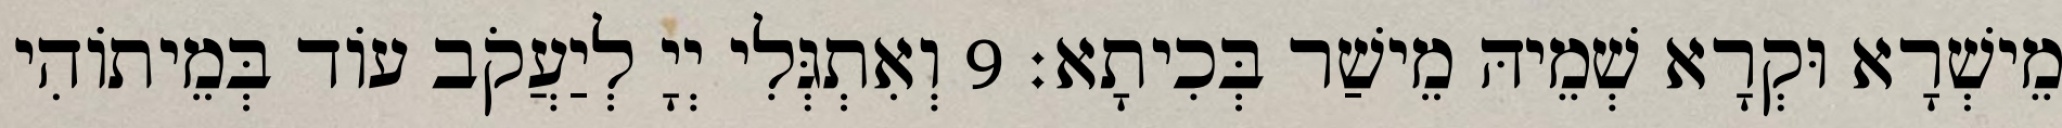
מֵישְׁרָא וּקְרָא שְׁמֵיהּ מֵישַׁר בְּכִיתָא׃ 9 וְאִתְגְּלִי יְיָ לְיַעֲקֹב עוֹד בְּמֵיתוֹהִי